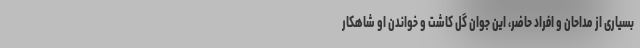
بسیاری از مداحان و افراد حاضر، این جوان گل کاشت و خواندن او شاهکار